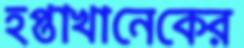
হপ্তাখানেকের